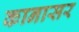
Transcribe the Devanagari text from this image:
कानासर